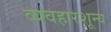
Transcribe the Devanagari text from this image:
व्यवहारशून्य